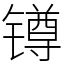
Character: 𨱔